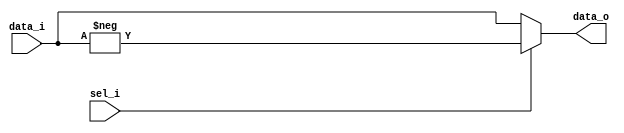
`timescale 1ns / 1ps
/*	
   ===================================================================
   Module Name : signInverter
         
   Filename    : signInverter.v
   Type        : Verilog Module
      
   Description :  Sign inversion ( output = -(Input)  )
   
                  Input    :  "DATA_WIDTH" length word in 2's complement representation.
                  Output   :  "DATA_WIDTH" length word in 2's complement representation.
                  Control  :
                              if sel_i is high, then output = -(Input). 
                              Otherwise, output = (Input). 
   ------------------------------------------------------------------
      clocks   : -
      reset    : -
      enable   : -
      
   Parameters  :
         NAME            Comments                Default
         ---------------------------------------------------
         DATA_WIDTH      input data width          12
      
   ------------------------------------------------------------------
   Version     : 1.0
   Data        : 13 Nov 2018
   Revision    : -
   Reviser     : -		
   -------------------------------------------------------------------
   Modification Log "please add all the modifications in this area"
   (D/M/Y)  
   
   ----------------------
   // Instance template
   ----------------------
      signInverter 
      #(
         .DATA_WIDTH ()
      )
      "MODULE_NAME"
      (
         .data_i     (),
         .data_o     (),
         .sel_i      ()
      );
*/


module signInverter 
#(
   parameter DATA_WIDTH = 12     //[12]
)
(
	input  [DATA_WIDTH-1:0] data_i,
	output [DATA_WIDTH-1:0] data_o,
	input sel_i
);
	
	reg signed [DATA_WIDTH-1:0] temp_data;
	
	always@(data_i)
	begin
		temp_data = data_i;
	end
		 
	assign data_o = (!sel_i) ? data_i : - temp_data;

endmodule